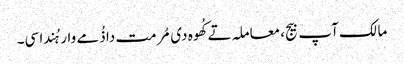
مالک آپ بیج، معاملہ تے کُھوہ دی مُرمت دا ذُمے وار ہُندا سی۔